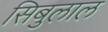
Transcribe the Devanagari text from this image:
सिबुलाल